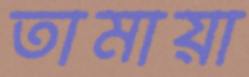
তামায়া